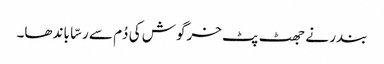
بندر نے جھٹ پٹ خرگوش کی دُم سے رسّا باندھا۔